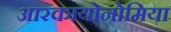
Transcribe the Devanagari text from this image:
आरकायोनोमिया